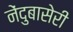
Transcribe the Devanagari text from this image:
नेंदुबासेरी